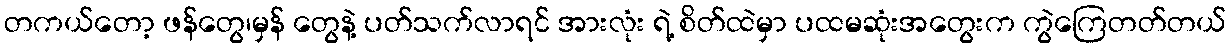
တကယ်တော့ ဖန်တွေ၊မှန် တွေနဲ့ ပတ်သက်လာရင် အားလုံး ရဲ့ စိတ်ထဲမှာ ပထမဆုံးအတွေးက ကွဲကြေတတ်တယ်